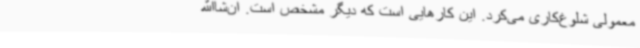
معمولی شلوغ‌کاری می‌کرد. این کارهایی است که دیگر مشخص است. ان‌شاالله